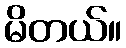
မိတယ်။